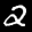
Label: 2